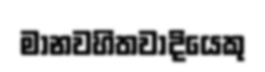
මානවහිතවාදියෙකු